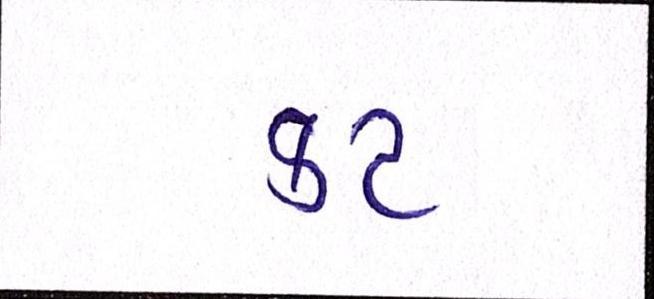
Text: કટ